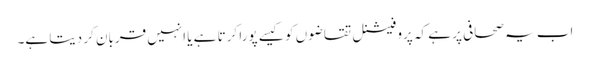
اب یہ صحافی پر ہے کہ پروفیشنل تقاضوں کو کیسے پورا کرتا ہے یا انہیں قربان کر دیتا ہے۔